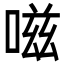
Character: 嗞